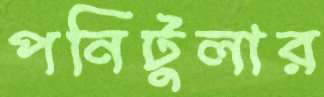
পনিটুলার